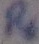
Text: R6